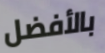
بالأفضل